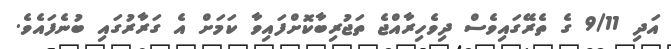
އަދި 9/11 ގެ ތެރޭގައިވެސް ދިވެހިރާއްޖެ ތަޖުރިބާކޮށްފައިވާ ކަމަށް އެ ގަރާރުގައި ބުނެފައެވެ.